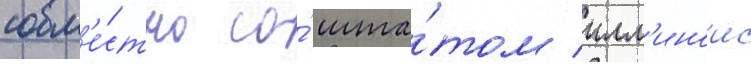
совм'е́стно со́ шта́том илл'иноис